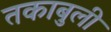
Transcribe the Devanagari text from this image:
तकाबुली